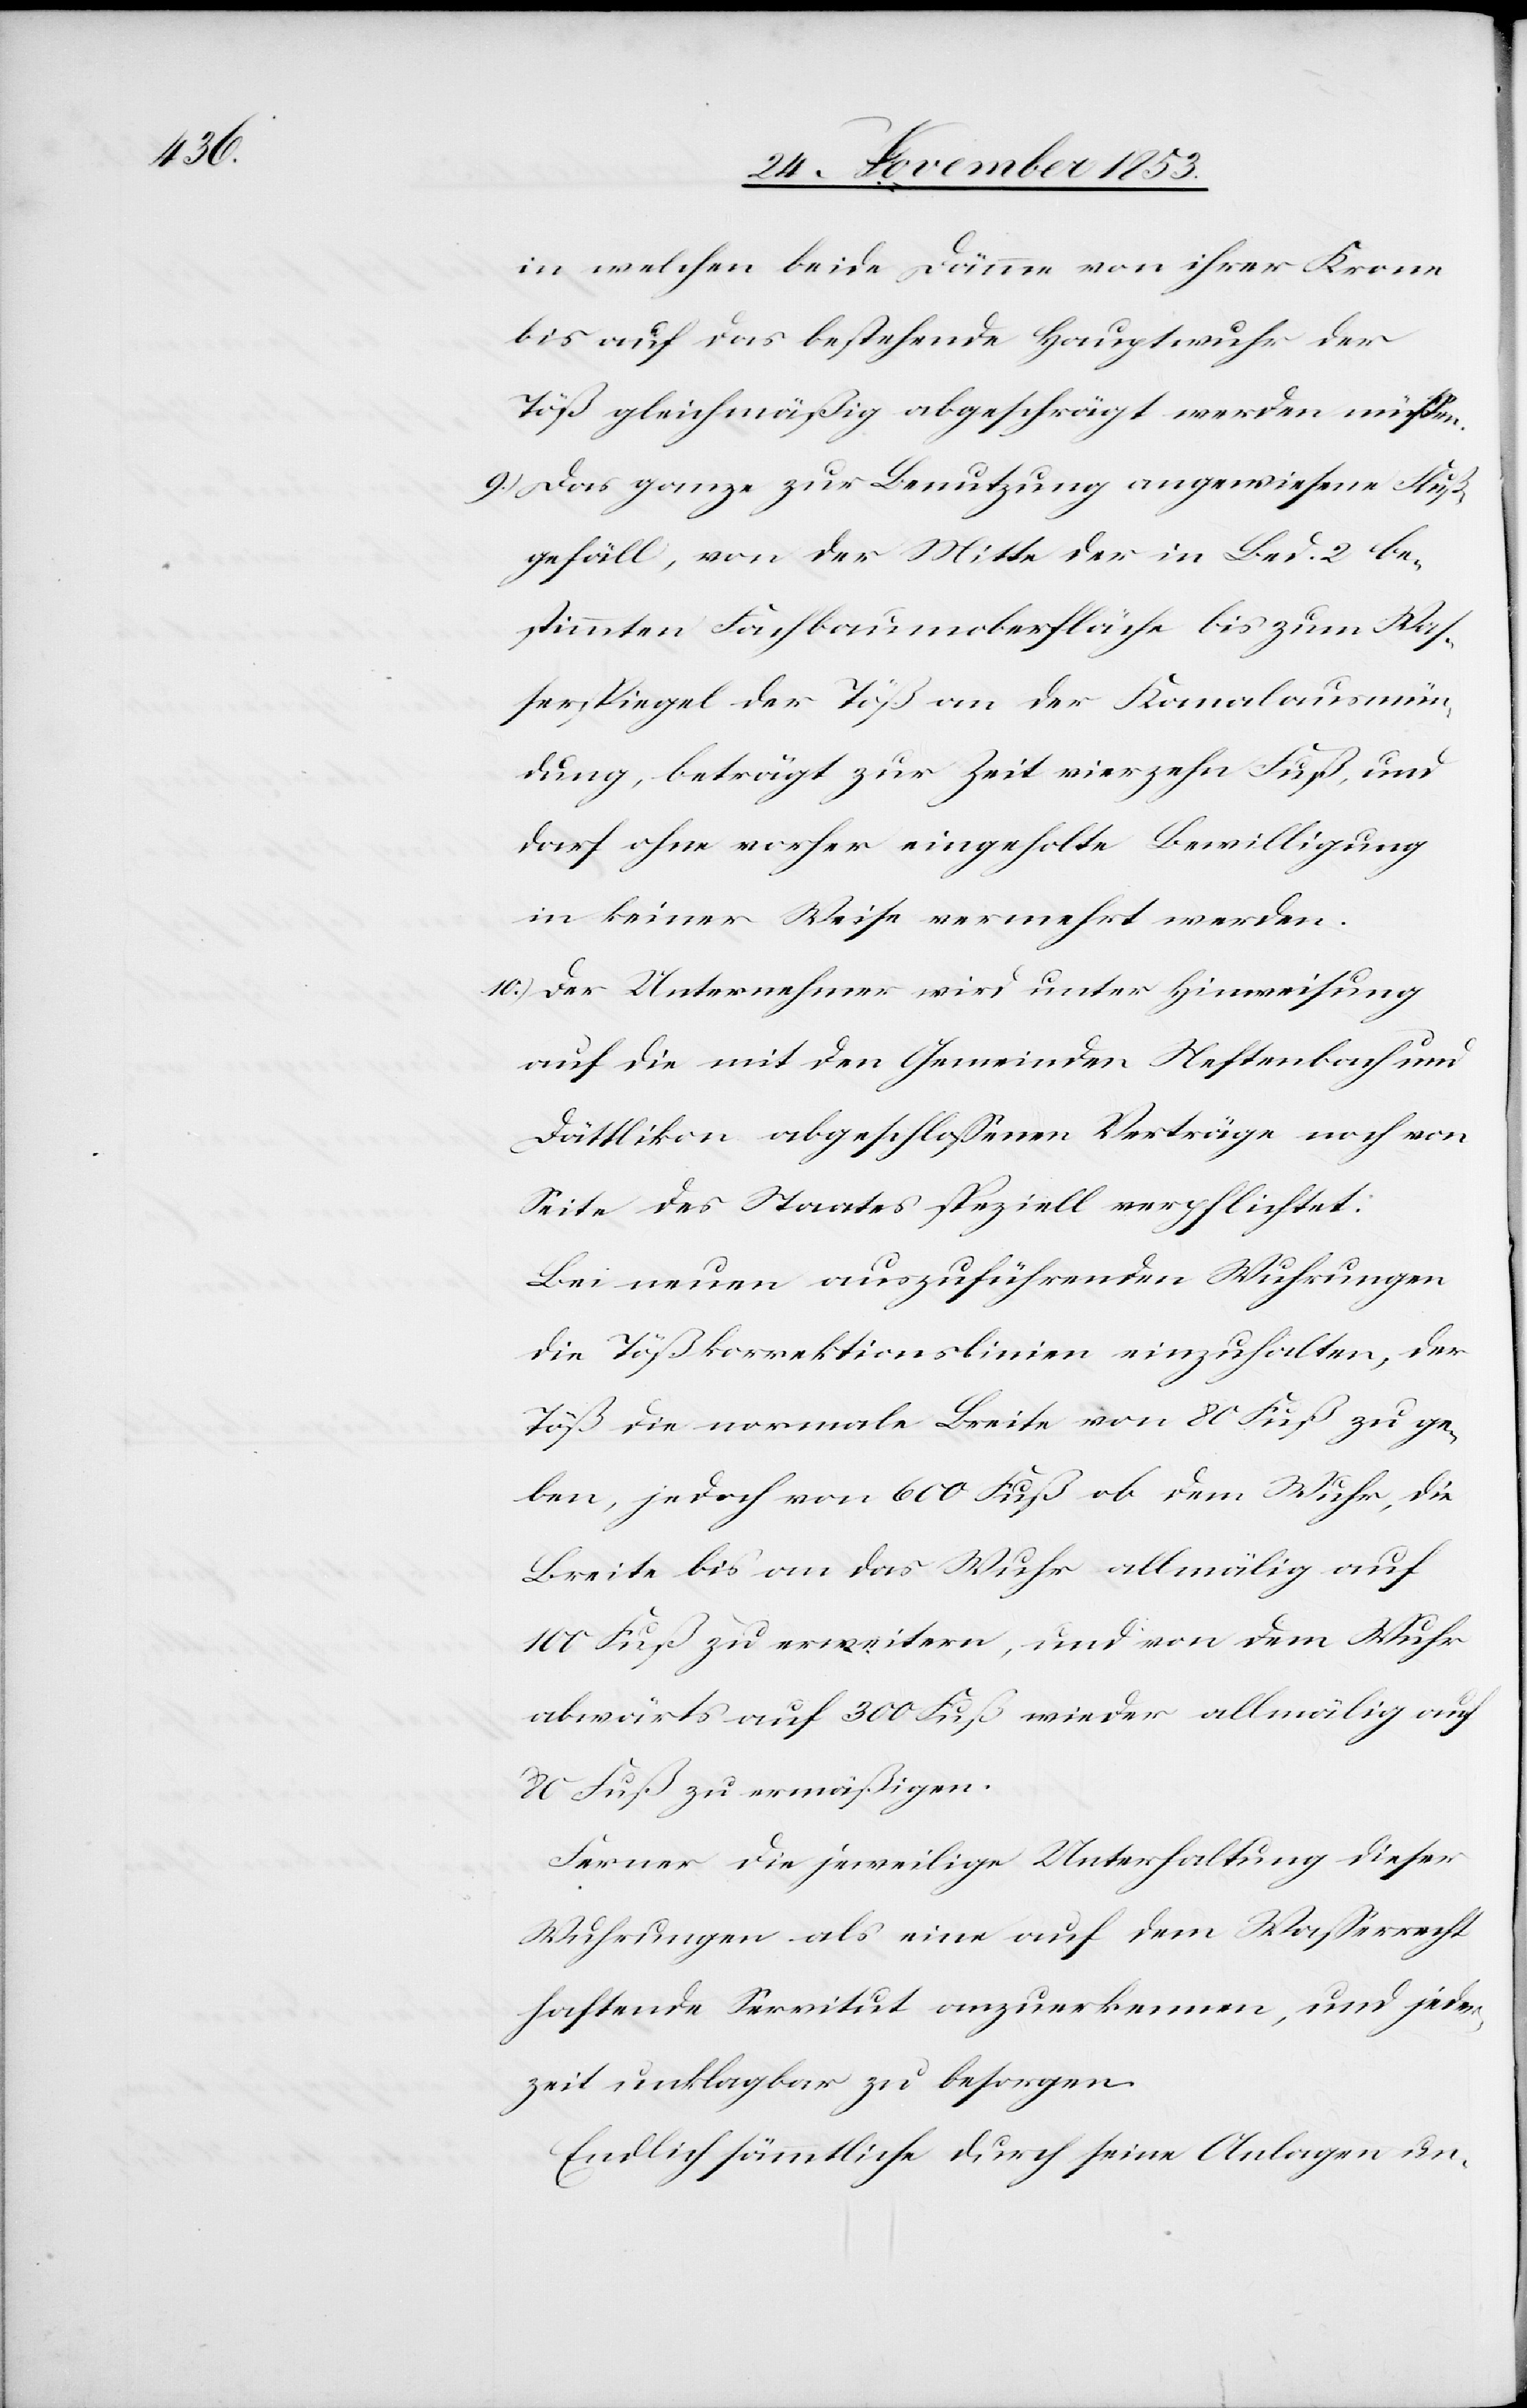
in welchen beide Dämme von ihrer Krone
bis auf das bestehende Hauptwuhr der
Töß gleichmäßig abgeschrägt werden müßen.
9.) Das ganze zur Benutzung angewiesene Fluß¬
gefäll, von der Mitte der in Bed. 2 be¬
stimmten Fachbaumoberfläche bis zum Waß¬
erspiegel der Töß an der Kanalausmün¬
dung, beträgt zur Zeit vierzehn Fuß, und
darf ohne vorher eingeholte Bewilligung
in keiner Weise vermehrt werden.
10.) Der Unternehmer wird unter Hinweisung
auf die mit den Gemeinden Neftenbach und
Dättlikon abgeschlossenen Verträge noch von
Seite des Staates speziell verpflichtet:
Bei neuen auszuführenden Wuhrungen
die Tößkorrektionslinien einzuhalten, der
Töß die normale Breite von 80 Fuß zu ge¬
ben, jedoch von 600 Fuß ab dem Wuhr, die
Breite bis an das Wuhr allmälig auf
100 Fuß zu erweitern, und von dem Wuhr
abwärts auf 300 Fuß wieder allmälig auf
80 Fuß zu ermäßigen.
Ferner die jeweilige Unterhaltung dieser
Wuhrungen als eine auf dem Waßerrecht
haftende Servitut anzuerkennen, und jeder¬
zeit unklagbar zu besorgen.
Endlich sämmtliche durch seine Anlagen un-